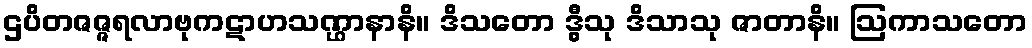
ဌပိတဇဇ္ဇရလာဗုကဋာဟသဏ္ဌာနာနိ။ ဒိသတော ဒွီသု ဒိသာသု ဇာတာနိ။ ဩကာသတော